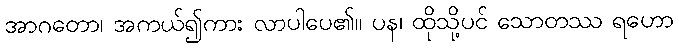
အာဂတော၊ အကယ်၍ကား လာပါပေ၏။ ပန၊ ထိုသို့ပင် သောတဿ ရဟော